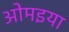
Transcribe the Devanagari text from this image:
ओमइया